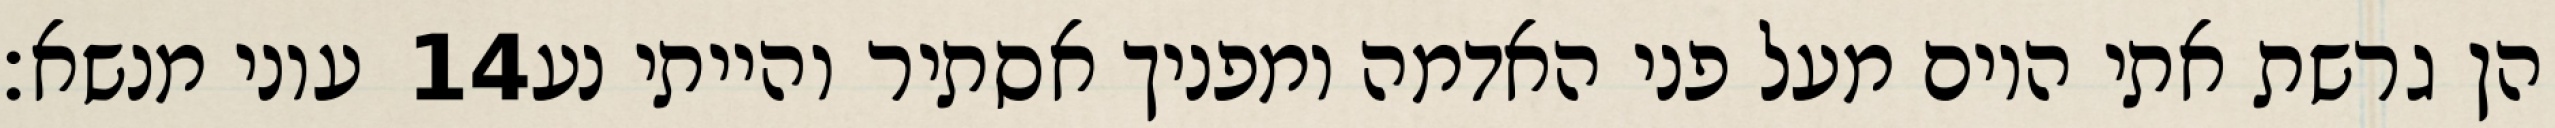
עוני מנשא׃ ‎14‏ הן גרשת אתי היום מעל פני האדמה ומפניך אסתיר והייתי נע